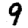
Digit: 9